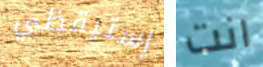
إستيقظي انت